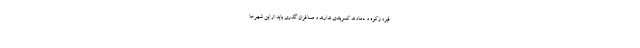
فیروزکوه و دماوند کمربندی ندارند و مسافران گذری باید از این شهرها